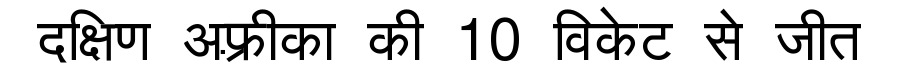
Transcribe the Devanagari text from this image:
दक्षिण अफ़्रीका की 10 विकेट से जीत